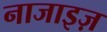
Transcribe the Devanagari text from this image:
नाजाइज़